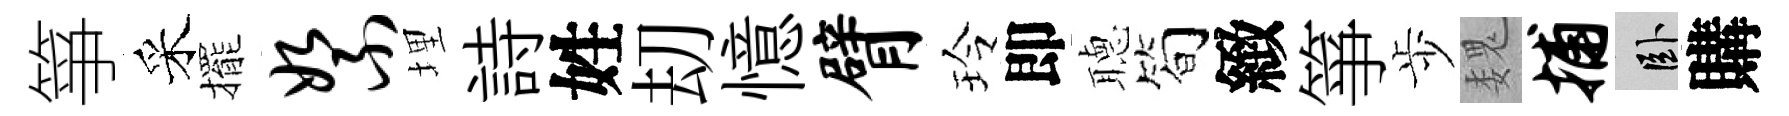
箏采擺絮埋詩姓刧憶臂玲即𦗟简緻箏歩魏捕卧購